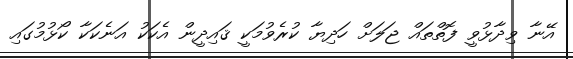
އޭނާ ވިދާޅުވީ ފޮތްތައް ޖަލަށް ހަދިޔާ ކުރެވުމަކީ ޤައިދީން އެކަކު އަނެކަކާ ކޯޅުމުގައި